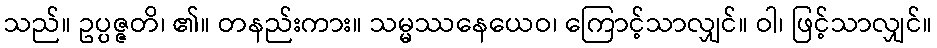
သည်။ ဥပ္ပဇ္ဇတိ၊ ၏။ တနည်းကား။ သမ္မဿနေယေဝ၊ ကြောင့်သာလျှင်။ ဝါ၊ ဖြင့်သာလျှင်။